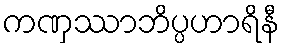
ကဏှဿာဘိပ္ပဟာရိနီ